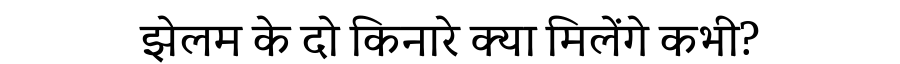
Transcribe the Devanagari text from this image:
झेलम के दो किनारे क्या मिलेंगे कभी?